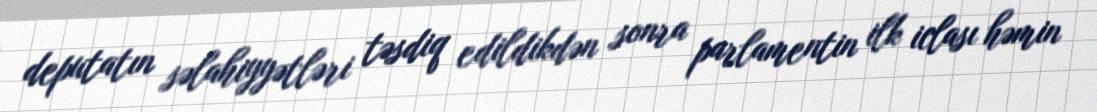
deputatın səlahiyyətləri təsdiq edildikdən sonra parlamentin ilk iclası həmin